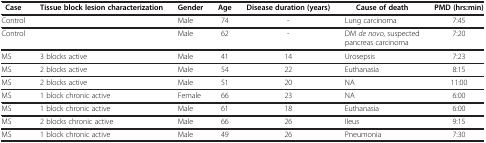
<table><thead><tr><td><b>Case</b></td><td><b>Tissue block lesion characterization</b></td><td><b>Gender</b></td><td><b>Age</b></td><td><b>Disease duration (years)</b></td><td><b>Cause of death</b></td><td><b>PMD (hrs:min)</b></td></tr></thead><tbody><tr><td>Control</td><td> </td><td>Male</td><td>74</td><td>-</td><td>Lung carcinoma</td><td>7:45</td></tr><tr><td>Control</td><td> </td><td>Male</td><td>62</td><td>-</td><td>DM <i>de novo</i>, suspected pancreas carcinoma</td><td>7:20</td></tr><tr><td>MS</td><td>3 blocks active</td><td>Male</td><td>41</td><td>14</td><td>Urosepsis</td><td>7:23</td></tr><tr><td>MS</td><td>2 blocks active</td><td>Male</td><td>54</td><td>22</td><td>Euthanasia</td><td>8:15</td></tr><tr><td>MS</td><td>2 blocks active</td><td>Male</td><td>51</td><td>20</td><td>NA</td><td>11:00</td></tr><tr><td>MS</td><td>1 block chronic active</td><td>Female</td><td>66</td><td>23</td><td>NA</td><td>6:00</td></tr><tr><td>MS</td><td>1 block chronic active</td><td>Male</td><td>61</td><td>18</td><td>Euthanasia</td><td>6:00</td></tr><tr><td>MS</td><td>2 blocks chronic active</td><td>Male</td><td>66</td><td>26</td><td>Ileus</td><td>9:15</td></tr><tr><td>MS</td><td>1 block chronic active</td><td>Male</td><td>49</td><td>26</td><td>Pneumonia</td><td>7:30</td></tr></tbody></table>